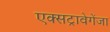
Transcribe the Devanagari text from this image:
एक्सट्रावेगेंजा